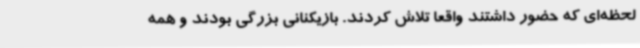
لحظه‌ای که حضور داشتند واقعا تلاش کردند. بازیکنانی بزرگی بودند و همه